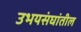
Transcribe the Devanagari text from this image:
उभयसंघांतील